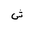
Letter: _shin